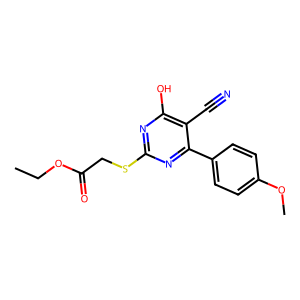
SMILES: CCOC(=O)CSc1nc(O)c(C#N)c(-c2ccc(OC)cc2)n1
Inhibits HIV replication: No